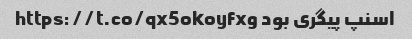
اسنپ پیگری بود https://t.co/qx5okoyfxg